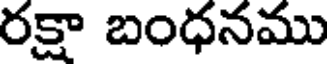
రక్షా బంధనము